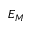
E _ { M }